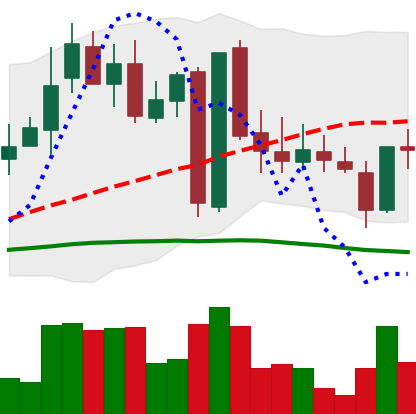
Ticker: LINK-USD
Chart end date: 2019-03-06
Forward return: 8.26%
Label: up_7plus